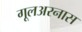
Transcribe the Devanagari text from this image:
गूलअरनास